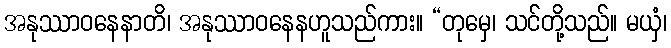
အနုဿာဝနေနာတိ၊ အနုဿာဝနေနဟူသည်ကား။ “တုမှေ၊ သင်တို့သည်။ မယှံ၊